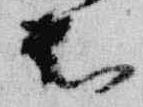
被